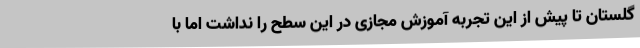
گلستان تا پیش از این تجربه آموزش مجازی در این سطح را نداشت اما با